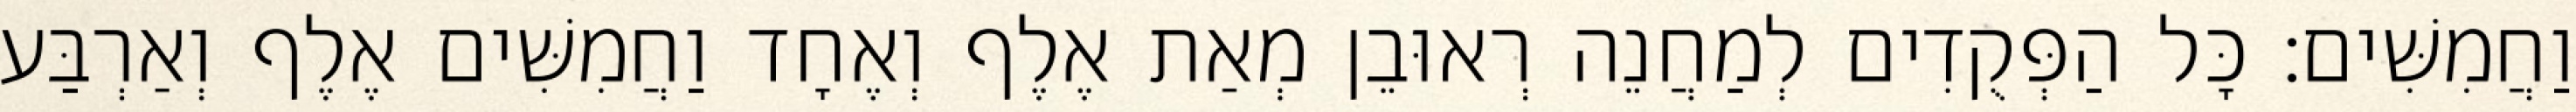
וַחֲמִשִּׁים׃ כָּל הַפְּקֻדִים לְמַחֲנֵה רְאוּבֵן מְאַת אֶלֶף וְאֶחָד וַחֲמִשִּׁים אֶלֶף וְאַרְבַּע